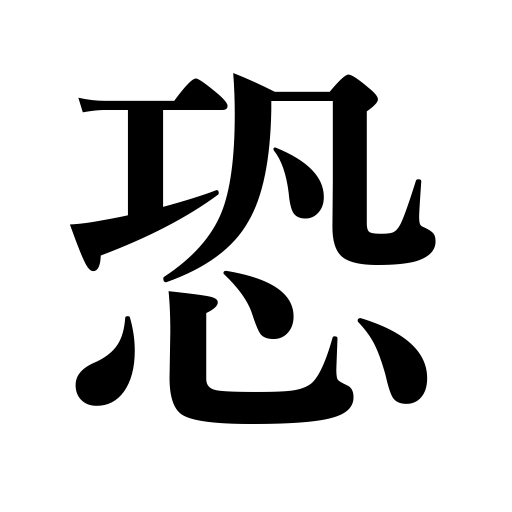
Meanings: be afraid,terrible,dread,fear,be overawed,awful,marvelous,fierce,tremendous,be apprehensive